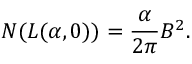
N ( L ( \alpha , 0 ) ) = \frac { \alpha } { 2 \pi } B ^ { 2 } .